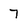
Character: 7